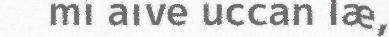
mi aive uccan læ,